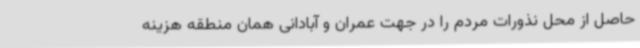
حاصل از محل نذورات مردم را در جهت عمران و آبادانی همان منطقه هزینه